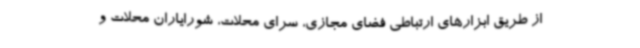
از طریق ابزارهای ارتباطی فضای مجازی، سرای محلات، شورایاران محلات و